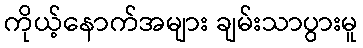
ကိုယ့်နောက်အများ ချမ်းသာပွားမူ